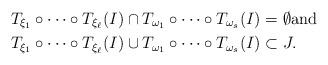
LaTeX: \begin{align*}&T_{\xi_{1}}\circ\dots \circ T_{\xi_{\ell}}(I)\cap T_{\omega_{1}}\circ\dots\circ T_{\omega_{s}}(I)=\emptyset\mbox{and}\\&T_{\xi_{1}}\circ\dots \circ T_{\xi_{\ell}}(I)\cup T_{\omega_{1}}\circ\dots\circ T_{\omega_{s}}(I)\subset J.\end{align*}